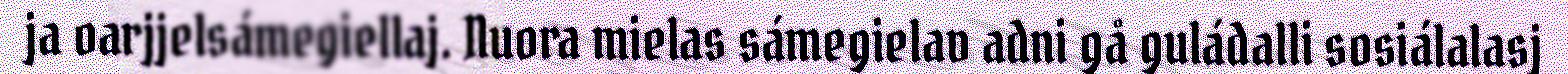
ja oarjjelsámegiellaj. Nuora mielas sámegielav adni gå guládalli sosiálalasj